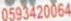
0593420064